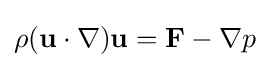
\rho ({\mathbf {u} }\cdot \nabla ){\mathbf {u} }={\mathbf {F} }-\nabla p